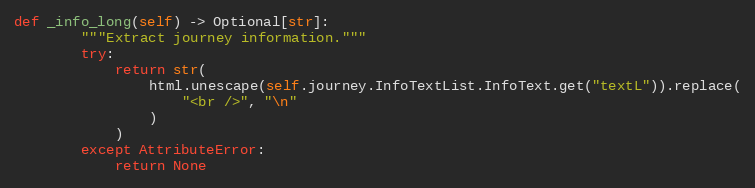
Language: Python
def _info_long(self) -> Optional[str]:
        """Extract journey information."""
        try:
            return str(
                html.unescape(self.journey.InfoTextList.InfoText.get("textL")).replace(
                    "<br />", "\n"
                )
            )
        except AttributeError:
            return None